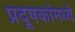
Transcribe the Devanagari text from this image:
प्रदूषकांमध्ये